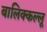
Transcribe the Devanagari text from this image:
बालिक्कल्लू